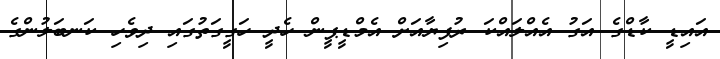
އައިޑީ ކާޑްގެ އަގު އެއްލައްކަ ރުފިޔާއަށް އެމްޑީޕީން ހެދީ ހަގީގަތުގައި ދިވެހި ކަނބަލުންގެ